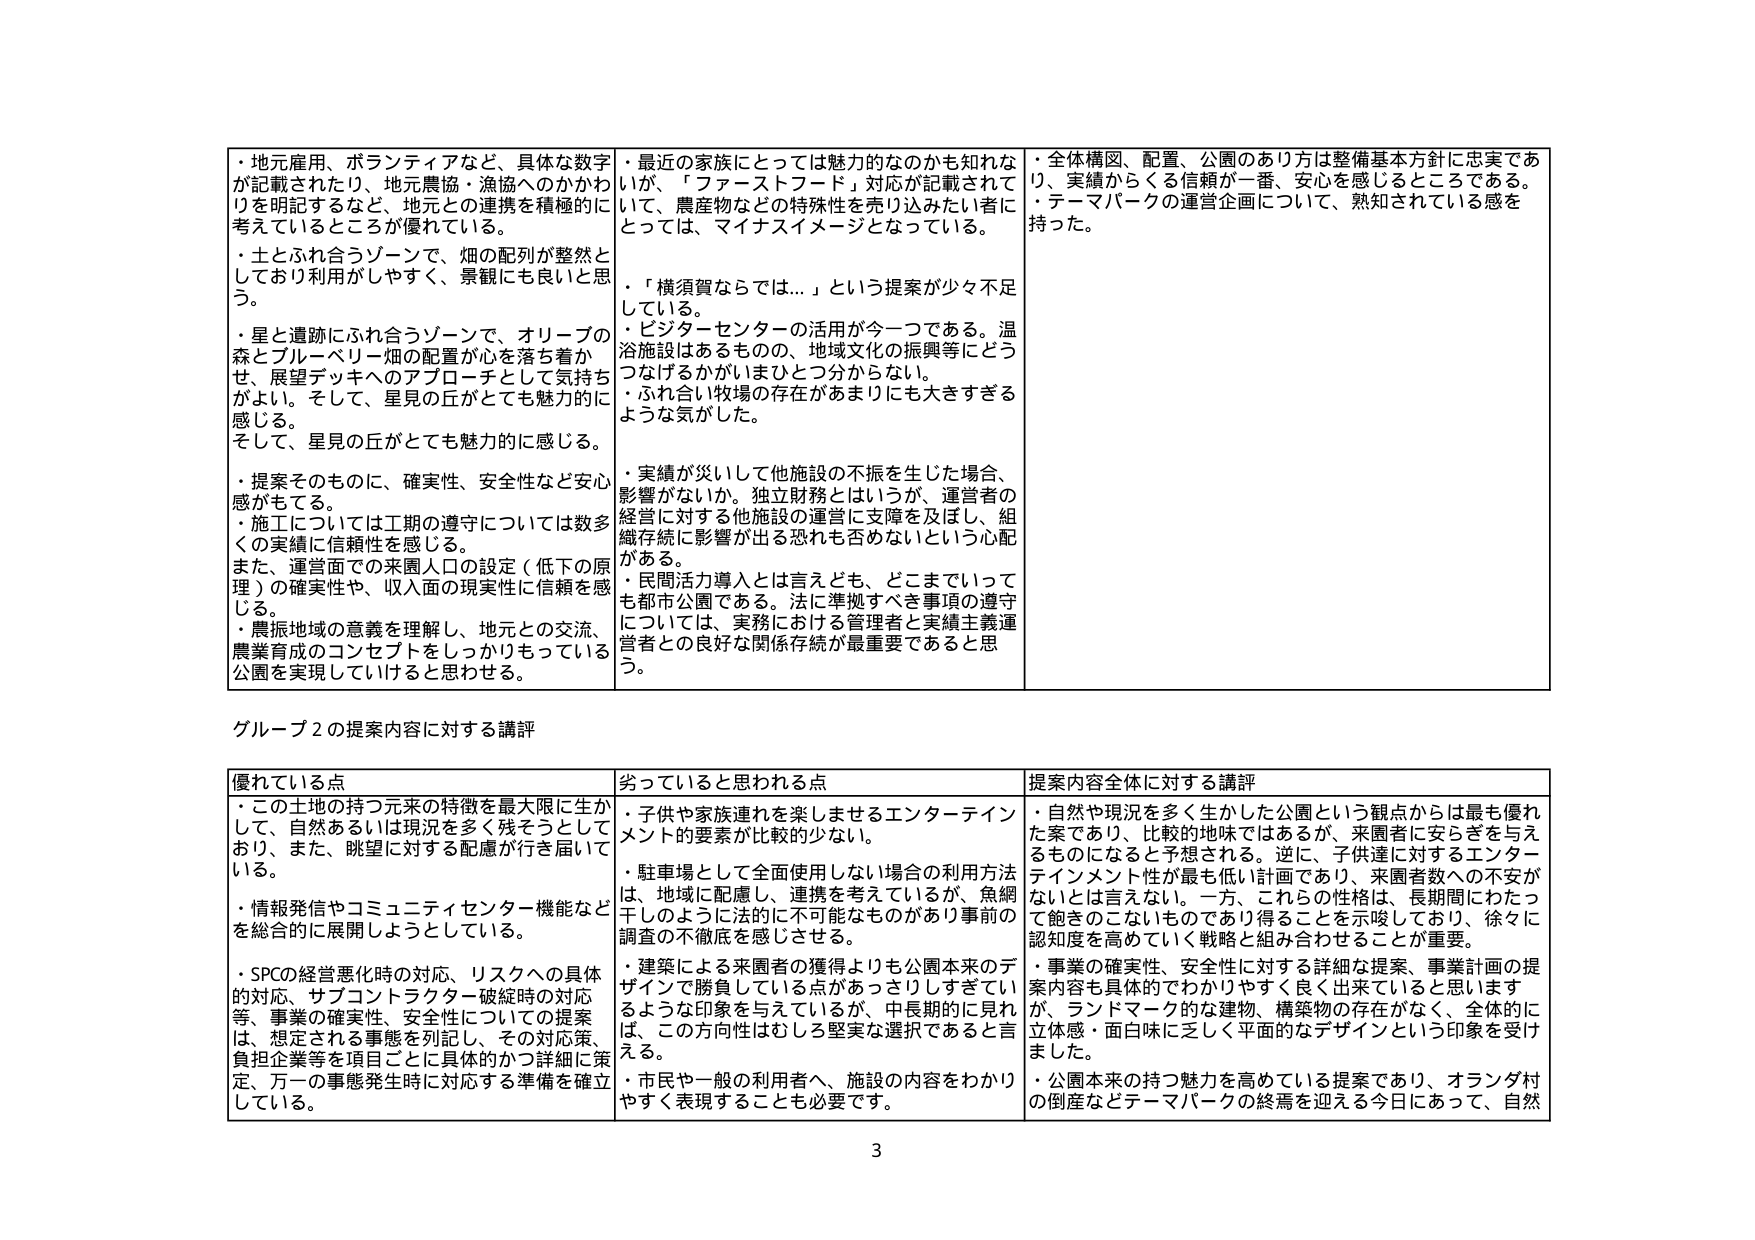
・地元雇用、ボランティアなど、具体的な数字が記載されたり、地元農協・漁協へのかかわりを明記するなど、地元との連携を積極的に考えているところが優れている。
・土とぶれ合うゾーンで、畑の配列が整然としており利用がしやすく、景観にも良いと思う。
・星と遺跡にぶれ合うゾーンで、オリーブの森とブルーベリー畑の配置が心を落ち着かせ、展望デッキへのアプローチとして気持ちがよい。そして、星見の丘がとても魅力的に感じる。
そして、星見の丘がとても魅力的に感じる。
・提案そのものに、確実性、安全性など安心感がもてる。
・施工については工期の遵守については数多くの実績に信頼性を感じる。
また、運営面での来園人口の設定（低下の原理）の確実性や、収入面の現実性に信頼を感じる。
・農振地域の意義を理解し、地元との交流、農業育成のコンセプトをしっかりもっている公園を実現していけると思わせる。

・最近の家族にとっては魅力的なのかも知れないが、「ファーストフード」対応が記載されていて、農産物などの特殊性を売り込みたい者にとっては、マイナスイメージとなっている。
・「横須賀ならでは…」という提案が少々不足している。
・ビジターセンターの活用が今一つである。温浴施設はあるものの、地域文化の振興等にどうつなげるかがいまひとつ分からない。
・ぶれ合い牧場の存在があまりにも大きすぎるような気がした。
・実績が災いして他施設の不振を生じた場合、影響がないか。独立財務とはいうが、運営者の経営に対する他施設の運営に支障を及ぼし、組織存続に影響が出る恐れも否めないという心配がある。
・民間活力導入とは言えども、どこまでいっても都市公園である。法に準拠すべき事項の遵守については、実務における管理者と実績主義運営者との良好な関係存続が最重要であると思う。

・全体構図、配置、公園のあり方は整備基本方針に忠実であり、実績からくる信頼が一番、安心を感じるところである。
・テーマパークの運営企画について、熟知されている感を持った。

グループ2の提案内容に対する講評

優れている点
・この土地の持つ元来の特徴を最大限に生かして、自然あるいは現況を多く残そうとしており、また、眺望に対する配慮が行き届いている。
・情報発信やコミュニティセンター機能などを総合的に展開しようとしている。
・SPCの経営悪化時の対応、リスクへの具体的対応、サブコントラクター破綻時の対応等、事業の確実性、安全性についての提案は、想定される事態を列記し、その対応策、負担企業等を項目ごとに具体的かつ詳細に策定、万一の事態発生時に対応する準備を確立している。

劣っていると思われる点
・子供や家族連れを楽しませるエンターテインメント的要素が比較的少ない。
・駐車場として全面使用しない場合の利用方法は、地域に配慮し、連携を考えているが、魚網干しのように法的に不可能なものがあり事前の調査の不徹底を感じさせる。
・建築による来園者の獲得よりも公園本来のデザインで勝負している点があっさりしすぎているような印象を与えているが、中長期的に見れば、この方向性はむしろ堅実な選択であると言える。
・市民や一般の利用者へ、施設の内容をわかりやすく表現することも必要です。

提案内容全体に対する講評
・自然や現況を多く生かした公園という観点からは最も優れた案であり、比較的地味ではあるが、来園者に安らぎを与えるものになると予想される。逆に、子供達に対するエンターテインメント性が最も低い計画であり、来園者数への不安がないとは言えない。一方、これらの性格は、長期間にわたって飽きのこないものであり得ることを示唆しており、徐々に認知度を高めていく戦略と組み合わせることが重要。
・事業の確実性、安全性に対する詳細な提案、事業計画の提案内容も具体的でわかりやすく良く出ていると思いますが、ランドマーク的な建物、構築物の存在がなく、全体的に立体感・面白味に乏しく平面的なデザインという印象を受けました。
・公園本来の持つ魅力を高めている提案であり、オランダ村の倒産などテーマパークの終焉を迎える今日にあって、自然

3